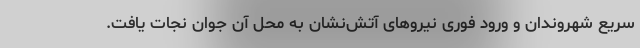
سریع شهروندان و ورود فوری نیروهای آتش‌نشان به محل آن جوان نجات یافت.